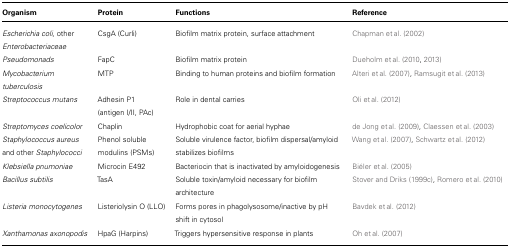
| Organism | Protein | Functions | Reference |
 | --- | --- | --- | --- |
 | Escherichia coli, other Enterobacteriaceae | CsgA (Curli) | Biofilm matrix protein, surface attachment | Chapman et al. (2002) |
 | Pseudomonads | FapC | Biofilm matrix protein | Dueholm et al. (2010, 2013) |
 | Mycobacterium tuberculosis | MTP | Binding to human proteins and biofilm formation | Alteri et al. (2007), Ramsugit et al. (2013) |
 | Streptococcus mutans | Adhesin P1 (antigen I/II, PAc) | Role in dental carries | Oli et al. (2012) |
 | Streptomyces coelicolor | Chaplin | Hydrophobic coat for aerial hyphae | de Jong et al. (2009), Claessen et al. (2003) |
 | Staphylococcus aureus and other Staphylococci | Phenol soluble modulins (PSMs) | Soluble virulence factor, biofilm dispersal/amyloid stabilizes biofilms | Wang et al. (2007), Schwartz et al. (2012) |
 | Klebsiella pnumoniae | Microcin E492 | Bacteriocin that is inactivated by amyloidogenesis | Biéler et al. (2005) |
 | Bacillus subtilis | TasA | Soluble toxin/amyloid necessary for biofilm architecture | Stover and Driks (1999c), Romero et al. (2010) |
 | Listeria monocytogenes | Listeriolysin O (LLO) | Forms pores in phagolysosome/inactive by pH shift in cytosol | Bavdek et al. (2012) |
 | Xanthamonas axonopodis | HpaG (Harpins) | Triggers hypersensitive response in plants | Oh et al. (2007) |